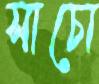
সাচো